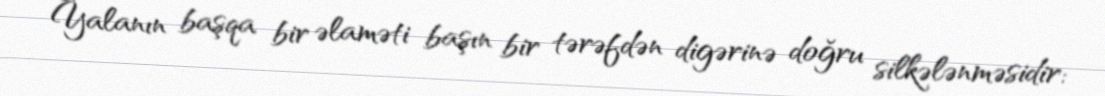
Yalanın başqa bir əlaməti başın bir tərəfdən digərinə doğru silkələnməsidir: